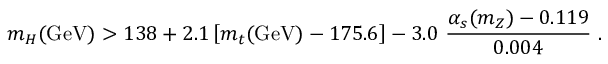
m _ { H } ( \mathrm { G e V } ) > 1 3 8 + 2 . 1 \left[ m _ { t } ( \mathrm { G e V } ) - 1 7 5 . 6 \right] - 3 . 0 ~ \frac { \alpha _ { s } ( m _ { Z } ) - 0 . 1 1 9 } { 0 . 0 0 4 } ~ .